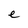
Character: e